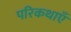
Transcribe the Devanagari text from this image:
परिकथाएँ